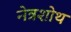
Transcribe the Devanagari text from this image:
नेत्रशोथ